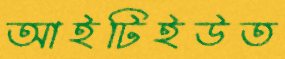
আইটিইউত